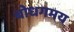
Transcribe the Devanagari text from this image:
बोधगमय